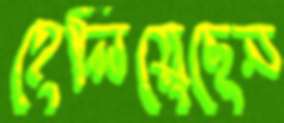
হেলিয়েছেন